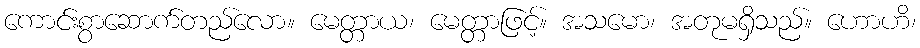
ကောင်းစွာဆောက်တည်လော။ မေတ္တာယ၊ မေတ္တာဖြင့်။ အသမော၊ အတုမရှိသည်။ ဟောဟိ၊